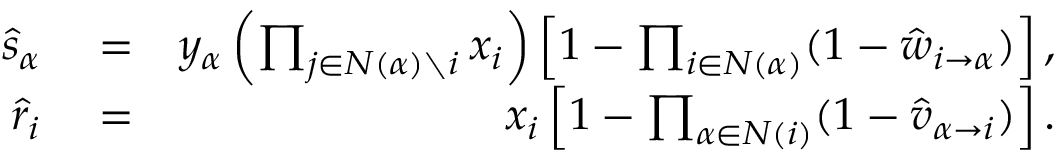
\begin{array} { r l r } { \! \! \! \! \! \! \! \! \! \hat { s } _ { \alpha } } & { { } = } & { y _ { \alpha } \left( \prod _ { j \in N ( \alpha ) \setminus i } x _ { i } \right) \left[ 1 - \prod _ { i \in N ( \alpha ) } ( 1 - \hat { w } _ { i \rightarrow \alpha } ) \right] , } \\ { \! \! \! \! \! \! \! \! \! \hat { r } _ { i } } & { { } = } & { x _ { i } \left[ 1 - \prod _ { \alpha \in N ( i ) } ( 1 - \hat { v } _ { \alpha \rightarrow i } ) \right] . } \end{array}